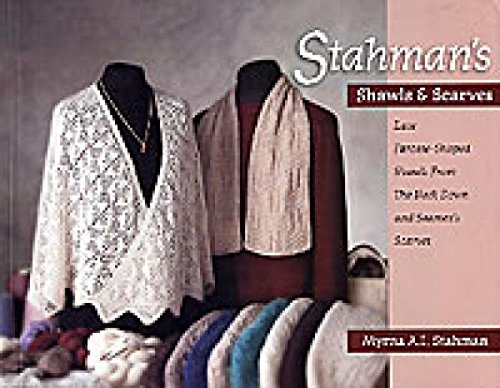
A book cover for Stahman's Shawls and Scarves: Lace Faroese-Shaped Shawls from the Neck Down & Seamen's Scarves; Myrna A. I. Stahman; Crafts, Hobbies & Home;